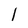
Character: l